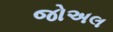
જોઅલ